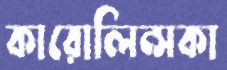
কারোলিন্সকা